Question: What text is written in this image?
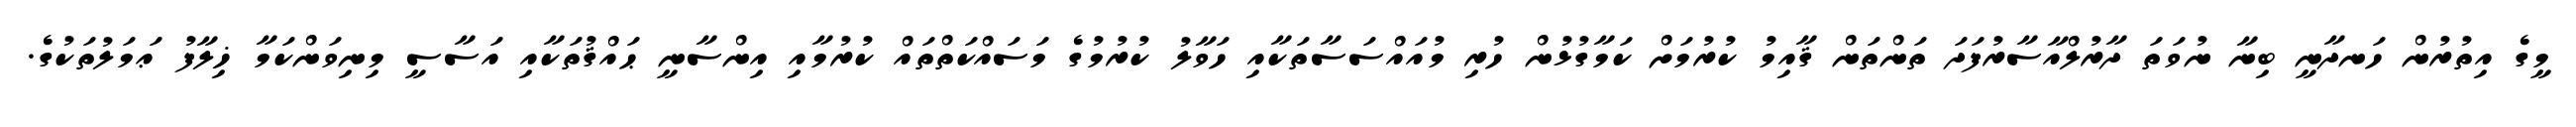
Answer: މީގެ އިތުރުން ހަނދާނީ ބިނާ ނުވަތަ ދާރުލްއާސާރުފަދަ ތަންތަން ޤާއިމު ކުރުމަށް ކަމާގުޅުން ހުރި މުއައްސަސާތަކާއި ހަވާލު ކުރުމުގެ މަސައްކަތްތައް ކުރުމާއި އިންސާނީ ޙައްޤުތަކާއި އަސާސީ މިނިވަންކަމާ ޚިލާފު ޢަމަލުތަކުގެ.